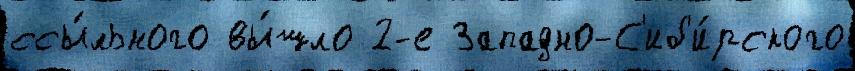
ссы́льного вы́шло 2-е Западно-С'иб'и́рского